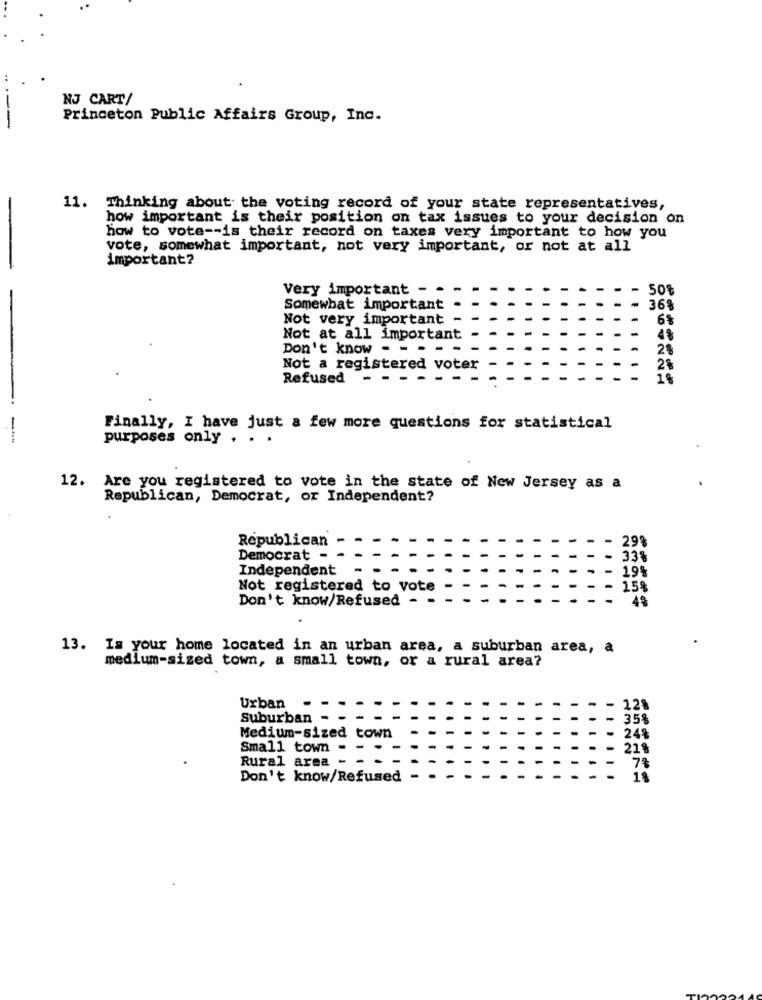
NJ CART/
Princeton Public Affairs Group, Inc.
11. Thinking about the voting record of your state representatives,
how important is their position on tax issues to your decision on
how to vote -- is their record on taxes very important to how you
vote, somewhat important, not very important, or not at all
important?
Very important - -
- 50%
Somewhat important
36%
Not very important
68
Not at all important
48
Don't know
2%
-
Not a registered voter
2%
Refused
Finally, I have just a few more questions for statistical
purposes only . . .
12. Are you registered to vote in the state of New Jersey as a
Republican, Democrat, or Independent?
Republican
299
Democrat -
33%
Independent
19%
Not registered to vote
15%
Don't know/Refused -
4ª
13. Is your home located in an urban area, a suburban area, a
medium-sized town, a small town, or a rural area?
Urban
1,2%
Suburban -
35%
Medium-sized town
24%
Small town - -
21%
Rural area _ _
7%
Don't know/Refused
18